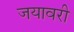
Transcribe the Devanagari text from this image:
जयावरी